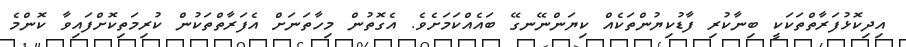
އިދިކޮޅުފަރާތްތަކަކީ ބިނާކުރި ފާޑުކިޔުންތަކެއް ކިޔަންނޭނގޭ ބައެއްކަމަށެވެ. އެގޮތުން މިހާތަނަށް އެފަރާތްތަކުން ކުރިމަތިކޮށްފައިވާ ކޮންމެ